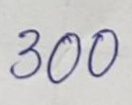
300